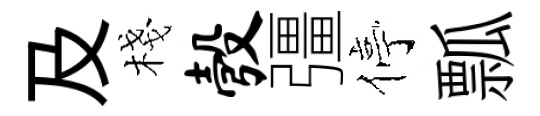
及棧彀彊停瓢